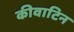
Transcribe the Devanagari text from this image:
कीवाटिन